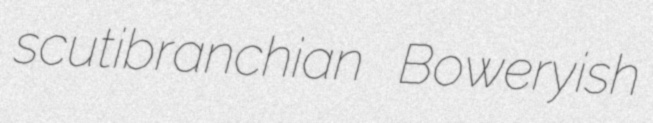
scutibranchian Boweryish